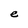
Character: e